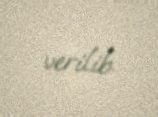
verilib.